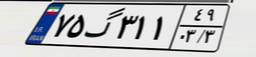
۷۵گ۳۱۱۴۹